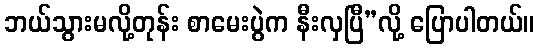
ဘယ်သွားမလို့တုန်း စာမေးပွဲက နီးလှပြီ”လို့ ပြောပါတယ်။